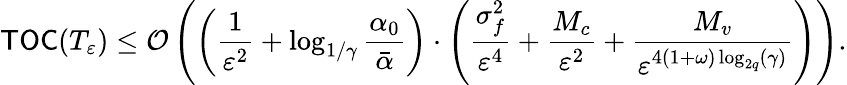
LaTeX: \mathsf{TOC}(T_{\varepsilon})\leq{\cal O}\left(\left(\frac{1}{\varepsilon^{2}}+\log_{1/\gamma}\frac{\alpha_{0}}{\bar{\alpha}}\right)\cdot\left(\frac{\sigma_{f}^{2}}{\varepsilon^{4}}+\frac{M_{c}}{\varepsilon^{2}}+\frac{M_{v}}{\varepsilon^{4(1+\omega)\log_{2q}(\gamma)}}\right)\right).